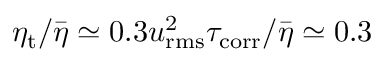
\eta _ { \mathrm { t } } / \bar { \eta } \simeq 0 . 3 u _ { \mathrm { r m s } } ^ { 2 } \tau _ { \mathrm { c o r r } } / \bar { \eta } \simeq 0 . 3